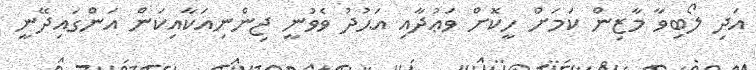
އަދި ލޯބިވާ މާޒިން ކަމަށް ހީކޮށް ވަޢުދާއި އަޙުދު ވެވުނީ ޖިންނިއަކާއިކަން އަންގައިދޭނީ